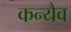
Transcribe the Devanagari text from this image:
कन्यैव